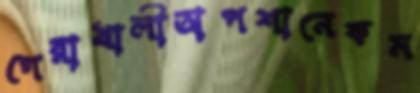
গেরাখালীঅপশানেকম